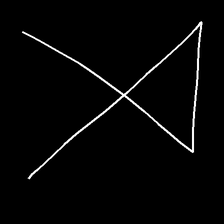
Glyph: collection